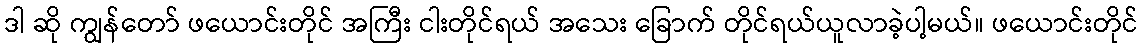
ဒါ ဆို ကျွန်တော် ဖယောင်းတိုင် အကြီး ငါးတိုင်ရယ် အသေး ခြောက် တိုင်ရယ်ယူလာခဲ့ပါ့မယ်။ ဖယောင်းတိုင်